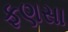
ફણસા